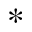
*